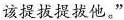
该提拔提拔他。”